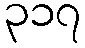
၃၁၇